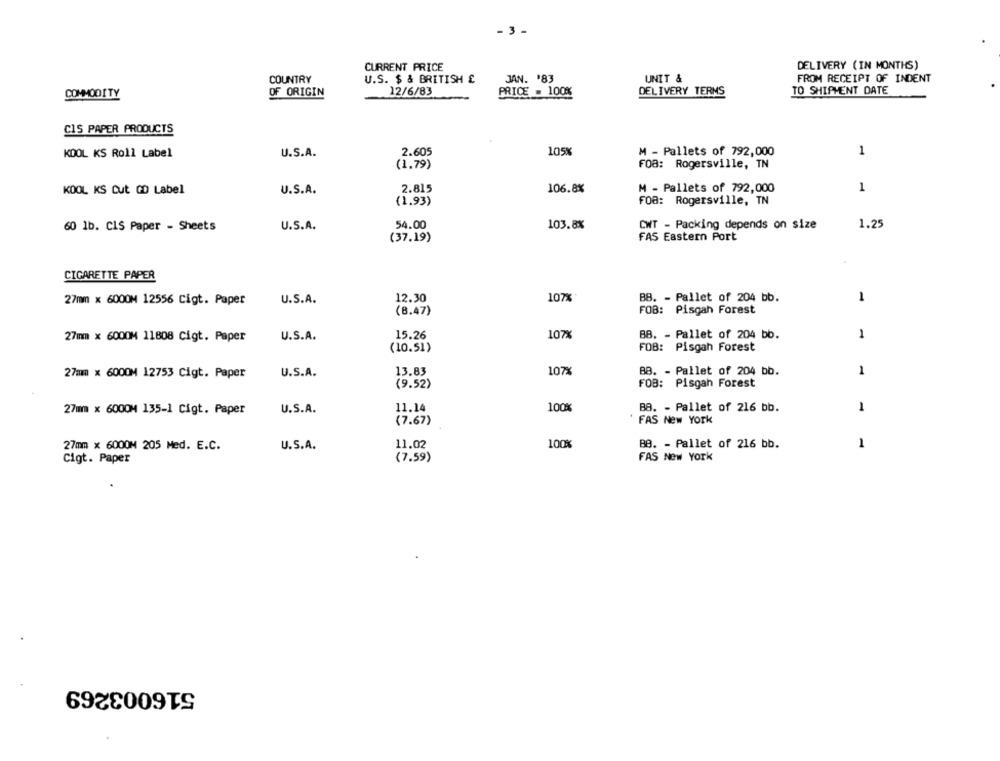
- 3 -
CURRENT PRICE
DELIVERY (IN MONTHS)
COUNTRY
U.S. $ & BRITISH £
JAN. '83
UNIT &
FROM RECEIPT OF INDENT
12/6/83
PRICE = 100%
DELIVERY TERMS
TO SHIPMENT DATE
COMMODITY
OF ORIGIN
CIS PAPER PRODUCTS
KOOL KS Roll Label
U.S.A.
2.605
105%
M - Pallets of 792,000
1
(1.79)
FOB: Rogersville, TN
KOOL KS Cut CD Label
U.S.A.
2.815
106.8%
M - Pallets of 792,000
1
(1.93)
FOB: Rogersville, TN
60 1b. CIS Paper - Sheets
U.S.A.
54.00
103.8%
CWT - Packing depends on size
1.25
(37.19)
FAS Eastern Port
CIGARETTE PAPER
12.30
107%
BB. - Pallet of 204 bb.
1
27mm × 6000M 12556 Cigt. Paper
U.S.A.
(8.47)
FOB: Pisgah Forest
15.26
107%
8B. - Pallet of 204 bb.
1
27mm x 6000M 11808 Cigt. Paper
U.S.A.
(10.51)
FOB: Pisgah Forest
U.S.A.
13.83
107%
BB. - Pallet of 204 bb.
1
27mm × 6000M 12753 Cigt. Paper
(9.52)
FOB: Pisgah Forest
27mm × 6000M 135-1 Cigt. Paper
U.S.A.
11.14
100%
88. - Pallet of 216 bb.
1
(7.67)
FAS New York
27mm × 6000M 205 Med. E.C.
U.S.A.
11.02
100%
BB. - Pallet of 216 bb.
1
FAS New York
Cigt. Paper
(7.59)
516003269